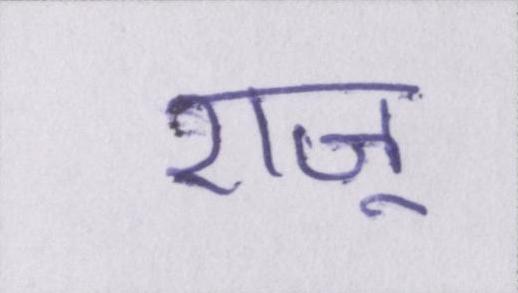
राजू